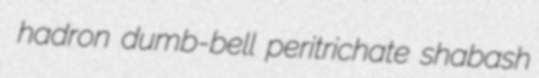
hadron dumb-bell peritrichate shabash